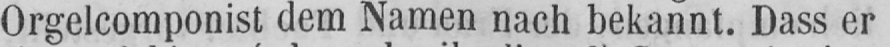
Orgelcomponist dem Namen nach bekannt. Dass er